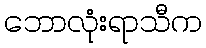
ဘောလုံးရာသီက